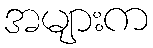
အများက